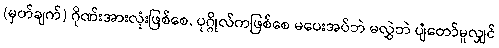
(မှတ်ချက်) ဂိုဏ်းအားလုံးဖြစ်စေ, ပုဂ္ဂိုလ်ကဖြစ်စေ မပေးအပ်ဘဲ မလွှဲဘဲ ပျံတော်မူလျှင်